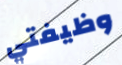
وظيفتي